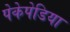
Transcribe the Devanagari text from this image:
पेकेपेडिया